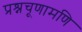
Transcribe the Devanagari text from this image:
प्रश्नचूणामणि